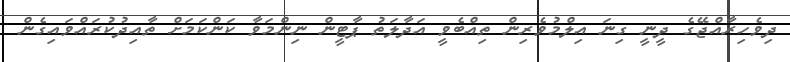
ދިވެހިރާއްޖޭގެ ދީނީ ގިނަ އިލްމުވެރިން ތިއްބެވީ އަދާލަތު ޕާޓީން ނިންމަވާ ކަންކަމަށް ތާއިދުކުރައްވައިގެން